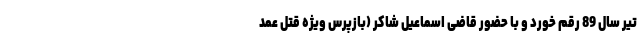
تیر سال 89 رقم خورد و با حضور قاضی اسماعیل شاکر (بازپرس ویژه قتل عمد